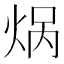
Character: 㶽